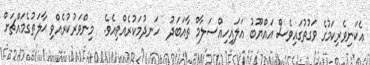
އެކަނިވެރިކަމުގެ ވަގުތުގައިވެސް އައްޔޫބު ޢަލައިހިއްސަލާމް ތާއަބަދު  ހަނދުމަކުރެއްވިއެވެ.  މިންވަރުކުރެއްވި ޙާލަތުގެމައްޗަށް